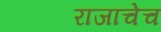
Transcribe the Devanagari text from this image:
राजाचेच